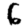
Digit: 6